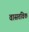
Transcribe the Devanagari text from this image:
वासतविक